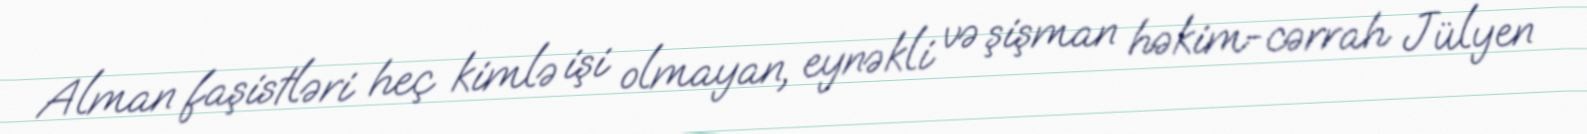
Alman faşistləri heç kimlə işi olmayan, eynəkli və şişman həkim-cərrah Jülyen